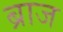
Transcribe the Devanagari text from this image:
ब्राज